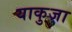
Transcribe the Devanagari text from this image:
याकुजा